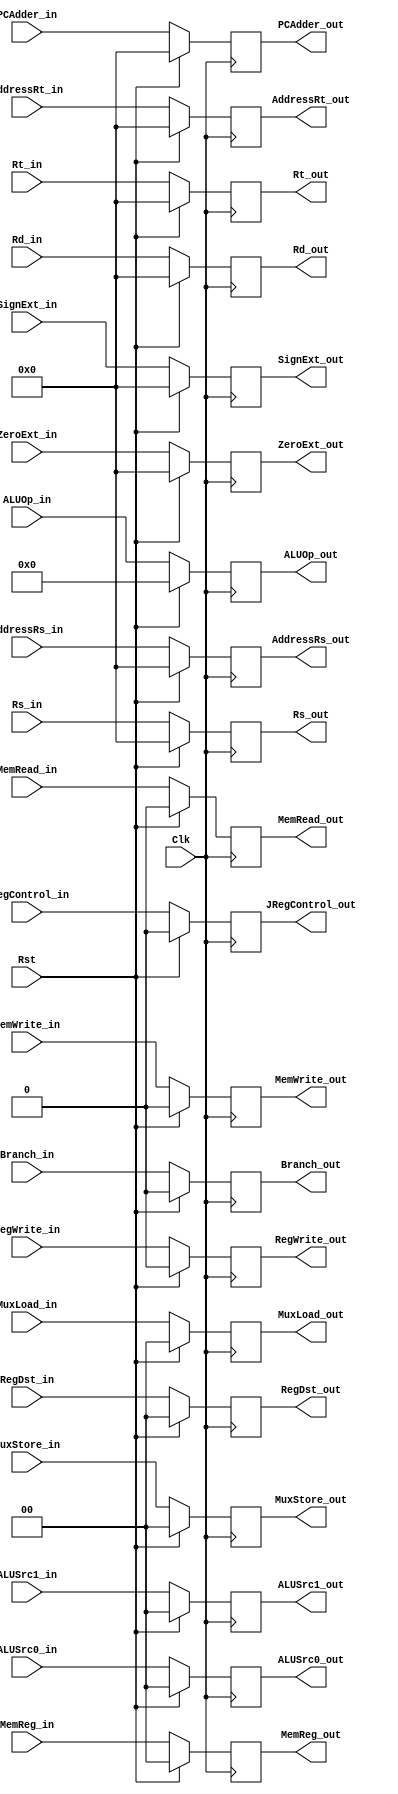
`timescale 1ns / 1ps

module ID_EX_Reg(    RegDst_in, ALUOp_in, ALUSrc0_in, ALUSrc1_in, MuxStore_in,            // EX
		  	         Branch_in, MemRead_in, MemWrite_in,	                              // M
		         	 RegWrite_in, MemReg_in, MuxLoad_in,                                 // WB
		          	 RegDst_out, ALUOp_out, ALUSrc0_out, ALUSrc1_out, MuxStore_out,       // EX
		       	     Branch_out, MemRead_out, MemWrite_out,	                              // M
		    	     RegWrite_out, MemReg_out, MuxLoad_out,                              // WB
		    	     PCAdder_in, PCAdder_out,
		    	     Rs_in, AddressRs_in, Rt_in, AddressRt_in, Rd_in, SignExt_in, ZeroExt_in,
		    	     Rs_out, AddressRs_out, Rt_out,AddressRt_out, Rd_out, SignExt_out, ZeroExt_out,
		    	     JRegControl_in, JRegControl_out, Clk, Rst);

	
	input Clk, Rst;	

	// EX
	input [5:0] ALUOp_in; input [1:0] RegDst_in, ALUSrc1_in, ALUSrc0_in, MuxStore_in;
	reg [ 5:0] ReadALUOp; reg [1:0] ReadRegDst, ReadALUSrc1, ReadALUSrc0, ReadMuxStore;
	output reg [5:0] ALUOp_out; output reg [1:0] RegDst_out, ALUSrc1_out, ALUSrc0_out, MuxStore_out;
	
	// M
	input Branch_in, MemRead_in, MemWrite_in, JRegControl_in;
	reg ReadBranch, ReadMemRead, ReadMemWrite, ReadJRegControl;
	output reg Branch_out, MemRead_out, MemWrite_out, JRegControl_out;
	
	// WB
	input RegWrite_in; input [1:0] MemReg_in, MuxLoad_in;
	reg ReadRegWrite; reg [1:0] ReadMemReg, ReadMuxLoad;
	output reg RegWrite_out; output reg [1:0] MemReg_out, MuxLoad_out;

	input [31:0] PCAdder_in, Rs_in, Rt_in, SignExt_in, ZeroExt_in, AddressRs_in, AddressRt_in, Rd_in;
	reg [31:0] ReadPCAdder, ReadRs, ReadRt, ReadAddressRs, ReadAddressRt, ReadSignExt, ReadZeroExt, ReadRd;
	output reg [31:0] PCAdder_out, Rs_out, Rt_out, AddressRs_out, AddressRt_out, Rd_out, SignExt_out, ZeroExt_out;
	
//	always@(Rst)begin
//	   if(Rst == 1)begin
//	       ReadRegDst <= 0;
//           ReadALUOp <= 0;
//           ReadALUSrc0 <= 0;
//           ReadALUSrc1 <= 0;
//           ReadMuxStore <= 0;
//           ReadBranch <= 0;
//           ReadMemRead <= 0;
//           ReadMemWrite <= 0;
//           ReadRegWrite <= 0;
//           ReadMemReg <= 0;
//           ReadMuxLoad <= 0;
//           ReadPCAdder <= 0;
//           ReadRs <= 0;
//           ReadRt <= 0;
//           ReadAddressRs <= 0;
//           ReadAddressRt <= 0;
//           ReadSignExt <= 0;
//           ReadZeroExt <= 0;
//           ReadRd <= 0;
//	   end
//	end

//	always@(negedge Clk)begin
//		ReadRegDst <= RegDst_in;
//		ReadALUOp <= ALUOp_in;
//		ReadALUSrc0 <= ALUSrc0_in;
//		ReadALUSrc1 <= ALUSrc1_in;
//		ReadMuxStore <= MuxStore_in;
//		ReadBranch <= Branch_in;
//		ReadMemRead <= MemRead_in;
//		ReadMemWrite <= MemWrite_in;
//		ReadRegWrite <= RegWrite_in;
//		ReadMemReg <= MemReg_in;
//		ReadMuxLoad <= MuxLoad_in;
//		ReadPCAdder <= PCAdder_in;
//		ReadRs <= Rs_in;
//		ReadRt <= Rt_in;
//		ReadAddressRs <= AddressRs_in;
//		ReadAddressRt <= AddressRt_in;
//		ReadSignExt <= SignExt_in;
//		ReadZeroExt <= ZeroExt_in;
//		ReadRd <= Rd_in;
//		ReadJRegControl <= JRegControl_in;
//	end

	always@(posedge Clk) begin
        if(Rst == 1) begin
            RegDst_out <= 0;
            ALUOp_out <= 0;
            ALUSrc0_out <= 0;
            ALUSrc1_out <= 0;
            MuxStore_out <= 0;
            Branch_out <= 0;
            MemRead_out <= 0;
            MemWrite_out <= 0;
            RegWrite_out <= 0;
            MemReg_out <= 0;
            MuxLoad_out <= 0;
            PCAdder_out <= 0;
            Rs_out <= 0;
            Rt_out <= 0;
            AddressRs_out <= 0;
            AddressRt_out <= 0;
            SignExt_out <= 0;
            ZeroExt_out <= 0;
            Rd_out <= 0;
            JRegControl_out <= 0;
        end
        
        else begin
            RegDst_out <=  RegDst_in;
            ALUOp_out <=  ALUOp_in;
            ALUSrc0_out <=  ALUSrc0_in;
            ALUSrc1_out <=  ALUSrc1_in;
            MuxStore_out <=  MuxStore_in;
            Branch_out <=  Branch_in;
            MemRead_out <=  MemRead_in;
            MemWrite_out <=  MemWrite_in;
            RegWrite_out <=  RegWrite_in;
            MemReg_out <=  MemReg_in;
            MuxLoad_out <=  MuxLoad_in;
            PCAdder_out <=  PCAdder_in;
            Rs_out <=  Rs_in;
            Rt_out <=  Rt_in;
            AddressRs_out <=  AddressRs_in;
            AddressRt_out <=  AddressRt_in;
            SignExt_out <=  SignExt_in;
            ZeroExt_out <=  ZeroExt_in;
            Rd_out <= Rd_in;
            JRegControl_out <= JRegControl_in; 
        end
    end
endmodule